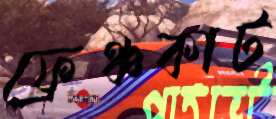
ফ্রেঞ্চকাট